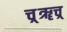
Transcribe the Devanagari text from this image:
च्र्ॠच्र्